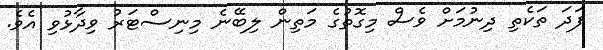
ފަދަ ތަކެތި ދިނުމަށް ވެސް މިގޮތުގެ މަތިން ލިބޭނެ މިނިސްޓަރު ވިދާޅުވި އެވެ.